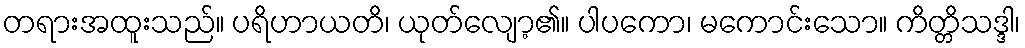
တရားအထူးသည်။ ပရိဟာယတိ၊ ယုတ်လျော့၏။ ပါပကော၊ မကောင်းသော။ ကိတ္တိသဒ္ဒါ၊